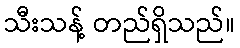
သီးသန့် တည်ရှိသည်။